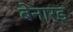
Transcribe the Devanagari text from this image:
बेनार्ड